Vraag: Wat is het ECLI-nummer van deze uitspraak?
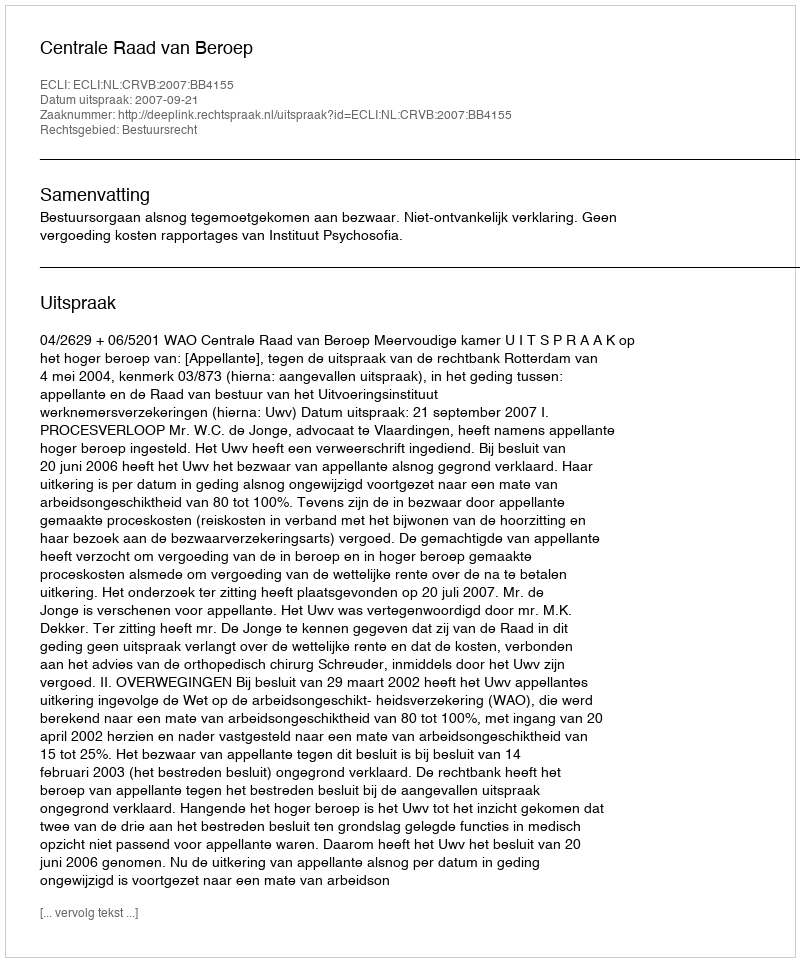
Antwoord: ECLI:NL:CRVB:2007:BB4155